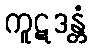
ကူဋဒန္တံ